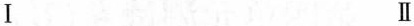
Ⅰ Ⅱ